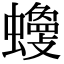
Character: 𧓾